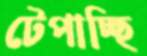
টেপাচ্ছি